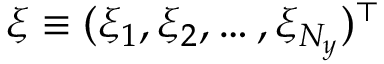
\boldsymbol { \xi } \equiv ( \xi _ { 1 } , \xi _ { 2 } , \ldots , \xi _ { N _ { y } } ) ^ { \top }